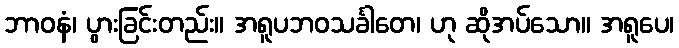
ဘာဝနံ၊ ပွားခြင်းတည်း။ အရူပဘဝသင်္ခါတေ၊ ဟု ဆိုအပ်သော။ အရူပေ၊